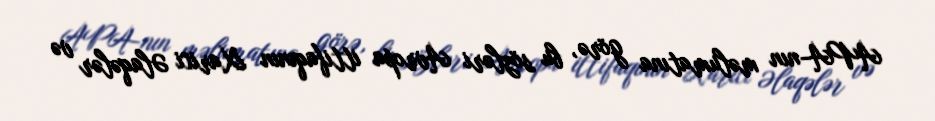
APA-nın məlumatına görə, bu sözləri Avropa ittifaqının Xarici Əlaqələr və